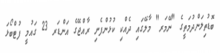
ބޮޑުތިލަންދުމަތީގެ "ނޭމަރ" މާލޭގައި ދެއްކި ކުޅުންފެނި ރާއްޖޭގެ އަންޑަރ 23 ގައުމީ ފުޓްބޯޅަ